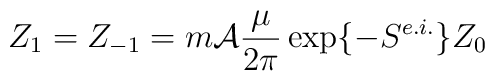
Z_1 = Z_{-1} = m{\cal A} \frac{\mu}{2\pi}\exp\{-S^{e.i.}\}Z_0